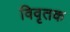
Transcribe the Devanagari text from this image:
विवृतक